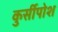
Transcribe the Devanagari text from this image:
कुर्सीपोश